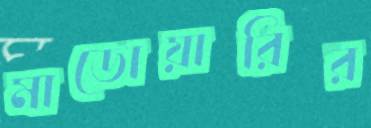
মাডোয়ারির